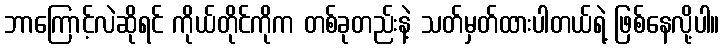
ဘာကြောင့်လဲဆိုရင် ကိုယ်တိုင်ကိုက တစ်ခုတည်းနဲ့ သတ်မှတ်ထားပါတယ်ရဲ့ ဖြစ်နေလို့ပါ။